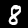
Digit: 8